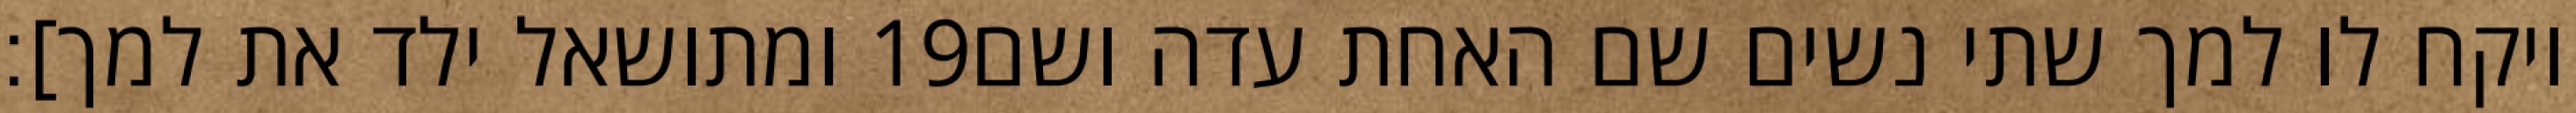
ומתושאל ילד את למך]׃ ‎19‏ ויקח לו למך שתי נשים שם האחת עדה ושם